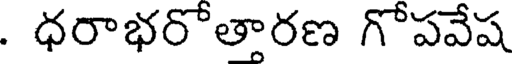
. ధరాభరొతారణ గొపవేష